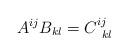
LaTeX: \begin{align*}A^{ij}B_{kl}=C_{\,\,\,kl}^{ij}\end{align*}